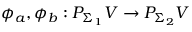
\phi _ { a } , \phi _ { b } : P _ { \Sigma _ { 1 } } V \to P _ { \Sigma _ { 2 } } V